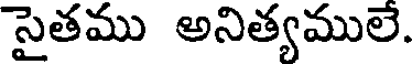
సైతము అనిత్యములే.